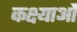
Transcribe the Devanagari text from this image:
कक्ष्याओं